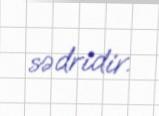
sədridir.